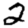
Digit: 2